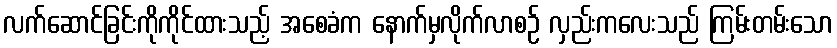
လက်ဆောင်ခြင်းကိုကိုင်ထားသည့် အစေခံက နောက်မှလိုက်လာစဉ် လှည်းကလေးသည် ကြမ်းတမ်းသော